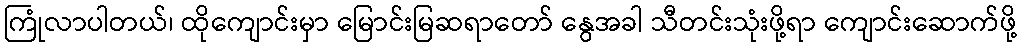
ကြုံလာပါတယ်၊ ထိုကျောင်းမှာ မြောင်းမြဆရာတော် နွေအခါ သီတင်းသုံးဖို့ရာ ကျောင်းဆောက်ဖို့